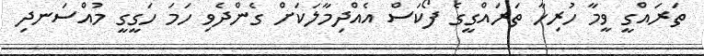
ތަރައްގީ ވީމާ ހުރިހާ ތަރައްގީގެ ފޯކަސް އެއްދިމާލަކަށް ގެންދެވި ހަމަ ހަގީގީ މުއްސަނދި